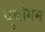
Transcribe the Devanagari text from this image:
पुर्वागम